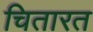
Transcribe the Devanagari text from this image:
चितारत